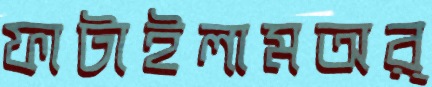
ফাটাইলামঅর্